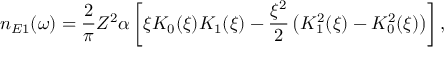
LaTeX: n _ { E 1 } ( \omega ) = \frac { 2 } { \pi } Z ^ { 2 } \alpha \left[ \xi K _ { 0 } ( \xi ) K _ { 1 } ( \xi ) - \frac { \xi ^ { 2 } } { 2 } \left( K _ { 1 } ^ { 2 } ( \xi ) - K _ { 0 } ^ { 2 } ( \xi ) \right) \right] ,